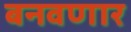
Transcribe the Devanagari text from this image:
बनवणार